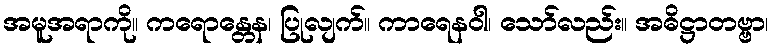
အမူအရာကို။ ကရောန္တေန၊ ပြုလျက်။ ကာရေနဝါ၊ သော်လည်း။ အဓိဋ္ဌာတဗ္ဗာ၊